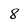
Character: 8